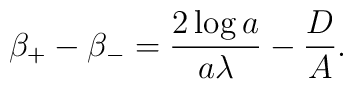
\beta _{+} -\beta _{-} = \frac{2\log a}{a\lambda } -\frac{D}{A} .